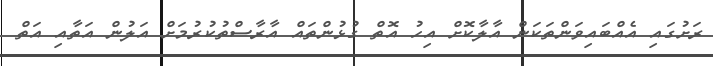
ރަށުގައި އެއްބައިވަންތަކަން އާލާކޮށް އިހު އޮތް ގުޅުންތައް އާރާސްތުކުރުމަށް އަލުން އަތާއި އަތް